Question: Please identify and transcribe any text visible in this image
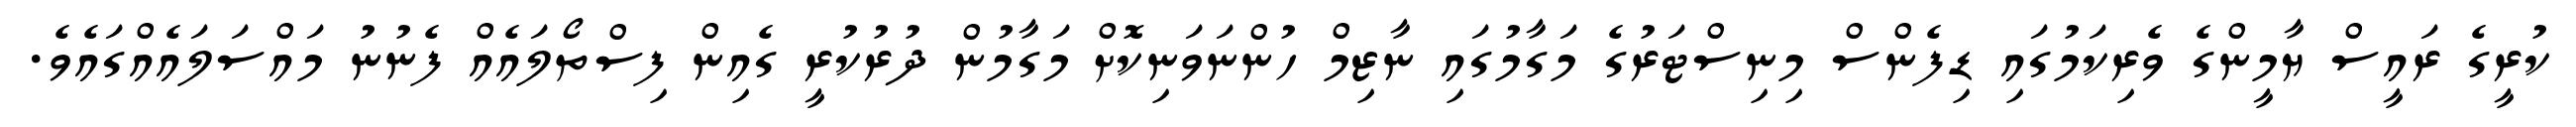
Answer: ކުރީގެ ރައީސް ޔާމީންގެ ވެރިކަމުގައި ޑިފެންސް މިނިސްޓަރުގެ މަގާމުގައި ނާޒިމް ހުންނަވަނިކޮށް މަގާމުން ދުރުކުރީ ގެއިން ފިސްތޯލައެއް ފެނުނު މައްސަލައެއްގައެވެ.